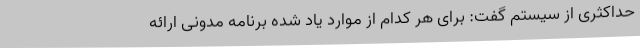
حداکثری از سیستم گفت: برای هر کدام از موارد یاد شده برنامه مدونی ارائه